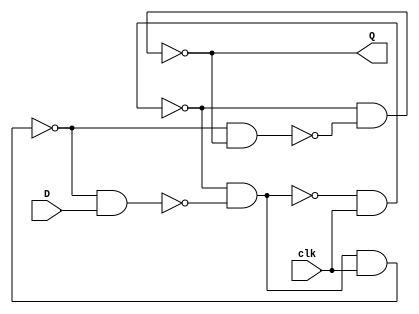
module DFF(Q,D,clk);
	
	output Q;
	input D, clk;

	wire w0, w1, w2, w3, Q_bar;
	
	nand nand00(w0, w1, w3);
	nand nand01(w1, w0, clk);
	nand nand10(w2, w1, w3, clk);
	nand nand11(w3, w2, D);
	nand nand1_0(Q, w1, Q_bar);
	nand nand1_1(Q_bar, w2, Q);

endmodule